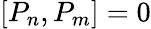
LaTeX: [P_{n},P_{m}]=0